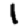
Digit: 1